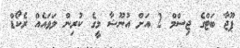
ޕޫޖާ ބަޓްގެ ޖިސްމް 2 އަށް އުނޫޝާ މީގެ ކުރިން ލަވައެއް ރެކޯޑް